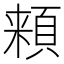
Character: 𩓋